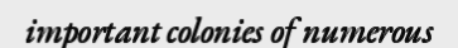
important colonies of numerous